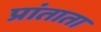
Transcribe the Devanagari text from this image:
प्रांताता